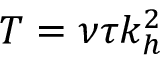
T = \nu \tau k _ { h } ^ { 2 }